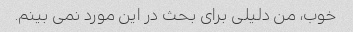
خوب، من دلیلی برای بحث در این مورد نمی بینم.